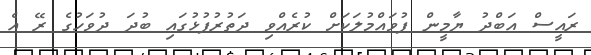
ރައީސް އަބްދު ޔާމީން ފުވައްމުލަކަށް ކުރެއްވި ދަތުރުފުޅުގައި ބުދަ ދުވަހުގެ ރޭ އެ